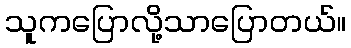
သူကပြောလို့သာပြောတယ်။